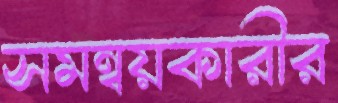
সমন্বয়কারীর